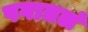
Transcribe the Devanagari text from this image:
पगातलं